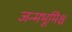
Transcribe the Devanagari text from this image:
जन्मभूमिश्च